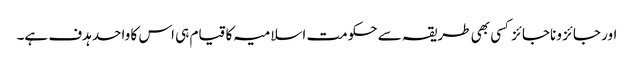
اور جائز و ناجائز کسی بھی طریقہ سے حکومت اسلامیہ کا قیام ہی اس کا واحد ہدف ہے۔